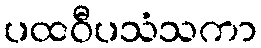
ပထဝီပသံသကာ